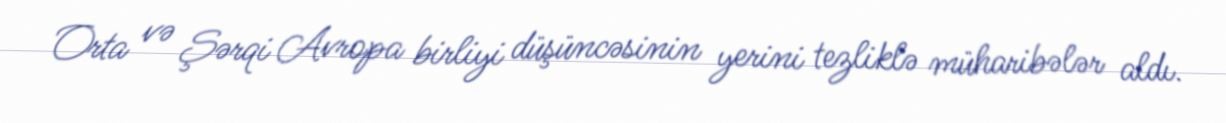
Orta və Şərqi Avropa birliyi düşüncəsinin yerini tezliklə müharibələr aldı.